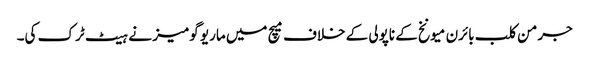
جرمن کلب بائرن میونخ کے ناپولی کے خلاف میچ میں ماریو گومیز نے ہیٹ ٹرک کی۔